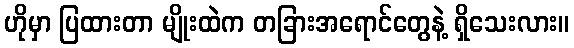
ဟိုမှာ ပြထားတာ မျိုးထဲက တခြားအရောင်တွေနဲ့ ရှိသေးလား။